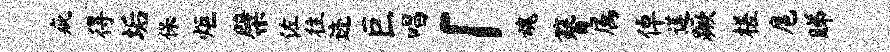
疵得垢保炬檗佐往迹巨唱「魂簪属倬莲蹶槎扈睇